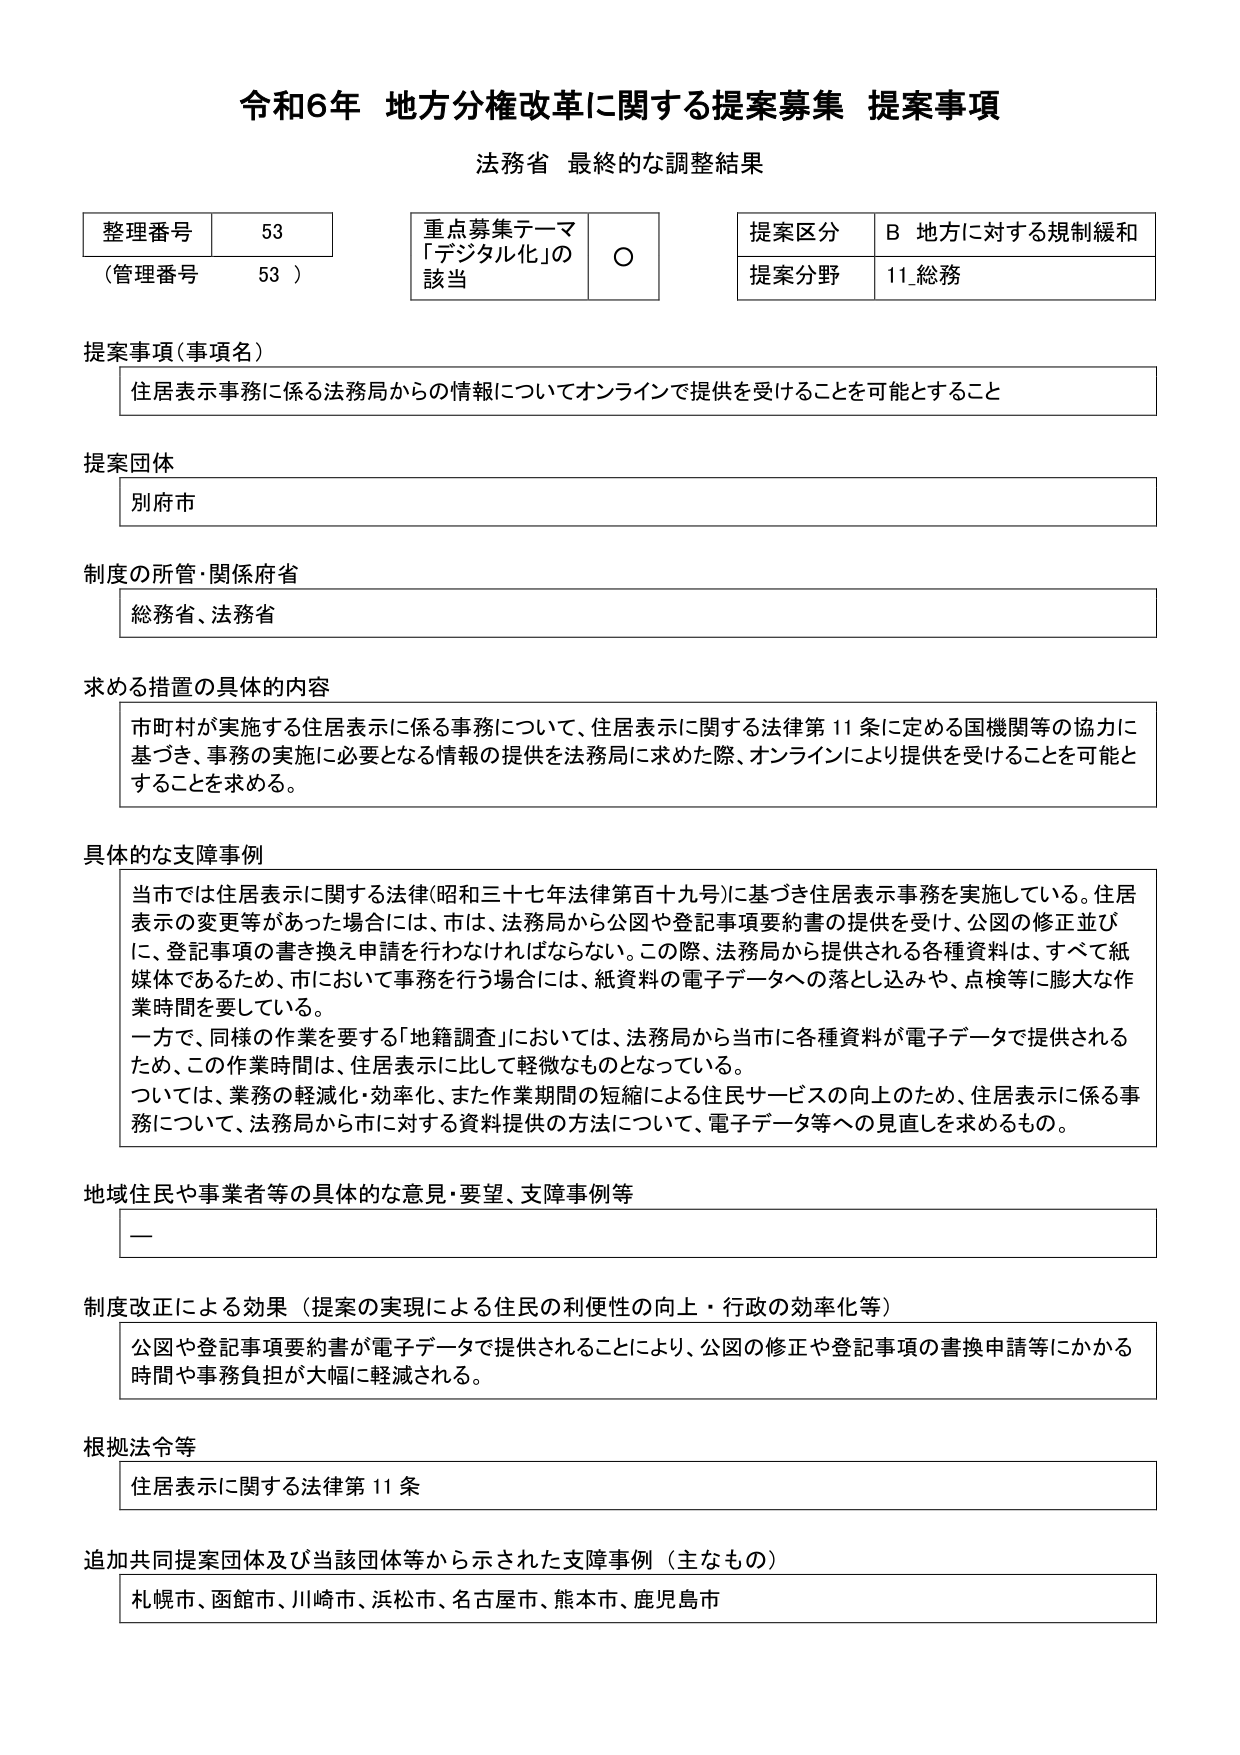
令和6年 地方分権改革に関する提案募集 提案事項
法務省 最終的な調整結果

整理番号 53
（管理番号 53）

重点募集テーマ
「デジタル化」の
該当 ○

提案区分 B 地方に対する規制緩和
提案分野 11_総務

提案事項（事項名）
住居表示事務に係る法務局からの情報についてオンラインで提供を受けることを可能とすること

提案団体
別府市

制度の所管・関係府省
総務省、法務省

求める措置の具体的内容
市町村が実施する住居表示に係る事務について、住居表示に関する法律第11条に定める国機関等の協力に基づき、事務の実施に必要となる情報の提供を法務局に求めた際、オンラインにより提供を受けることを可能とすることを求める。

具体的な支障事例
当市では住居表示に関する法律（昭和三十七年法律第百十九号）に基づき住居表示事務を実施している。住居表示の変更等があった場合には、市は、法務局から公図や登記事項要約書の提供を受け、公図の修正並びに、登記事項の書き換え申請を行わなければならない。この際、法務局から提供される各種資料は、すべて紙媒体であるため、市において事務を行う場合には、紙資料の電子データへの落とし込みや、点検等に膨大な作業時間を要している。
一方で、同様の作業を要する「地籍調査」においては、法務局から当市に各種資料が電子データで提供されるため、この作業時間は、住居表示に比して軽微なものとなっている。
ついては、業務の軽減化・効率化、また作業期間の短縮による住民サービスの向上のため、住居表示に係る事務について、法務局から市に対する資料提供の方法について、電子データ等への見直しを求めるもの。

地域住民や事業者等の具体的な意見・要望、支障事例等
ー

制度改正による効果（提案の実現による住民の利便性の向上・行政の効率化等）
公図や登記事項要約書が電子データで提供されることにより、公図の修正や登記事項の書換申請等にかかる時間や事務負担が大幅に軽減される。

根拠法令等
住居表示に関する法律第11条

追加共同提案団体及び当該団体等から示された支障事例（主なもの）
札幌市、函館市、川崎市、浜松市、名古屋市、熊本市、鹿児島市